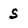
Character: s